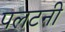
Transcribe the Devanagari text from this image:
पलटनी